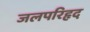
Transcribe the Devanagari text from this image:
जलपरिहृद